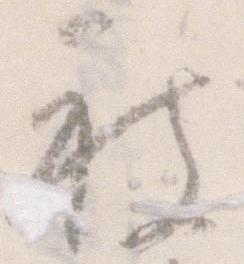
被